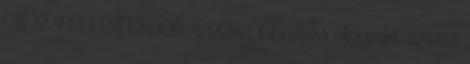
Ft 17 780 Ft Cavalier King Charles Spaniel szives